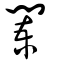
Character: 闌